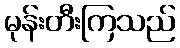
မုန်းတီးကြသည်